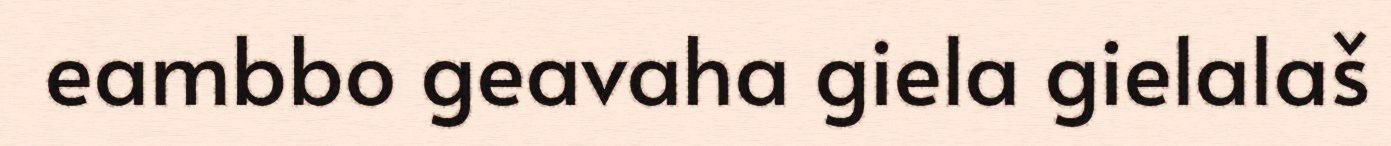
eambbo geavaha giela gielalaš